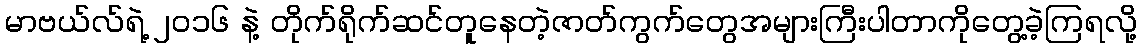
မာဗယ်လ်ရဲ့ ၂၀၁၆ နဲ့ တိုက်ရိုက်ဆင်တူနေတဲ့ဇာတ်ကွက်တွေအများကြီးပါတာကိုတွေ့ခဲ့ကြရလို့